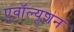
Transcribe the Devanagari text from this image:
एवॉल्यूशन